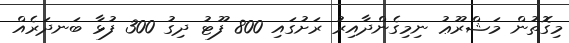
މިގޮތުން މަޝްރޫޢު ނިމިގެންދާއިރު ރަށުގައި 800 ފޫޓު ދިގު 300 ފުޅާ ބަނދަރެއް